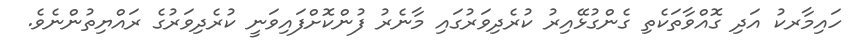
ހައިމާރކު އަދި ގޮއްވާތަކެތި ގެންގުޅޭއިރު ކުރެދިވަރުގައި މާނެރު ފުންކޮށްފައިވަނީ ކުރެދިވަރުގެ ރައްޔިތުންނެވެ.